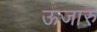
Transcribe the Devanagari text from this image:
ऊजारु